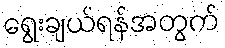
ရွေးချယ်ရန်အတွက်